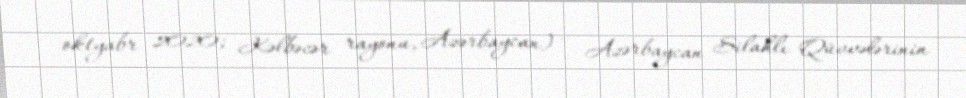
oktyabr 2020; Kəlbəcər rayonu, Azərbaycan) — Azərbaycan Silahlı Qüvvələrinin